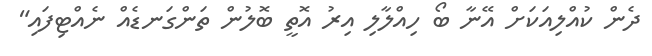
ދެން ކުއްލިއަކަށް އޭނާ ބޯ ހިއްލާލި އިރު އޮތީ ބޮލުން ތަންގަނޑެއް ނެއްޓިފައި"